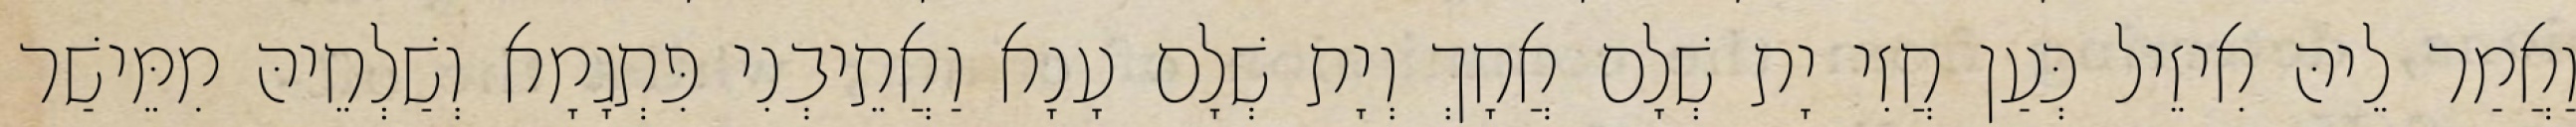
וַאֲמַר לֵיהּ אִיזֵיל כְּעַן חֲזִי יָת שְׁלָם אֲחָךְ וְיָת שְׁלָם עָנָא וַאֲתֵיבְנִי פִּתְגָמָא וְשַׁלְחֵיהּ מִמֵּישַׁר